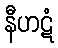
နီဟဋံ